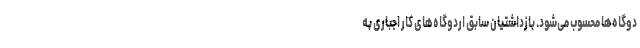
دوگاه‌ها محسوب می‌شود. بازداشتیان سابق اردوگاه‌های کار اجباری به